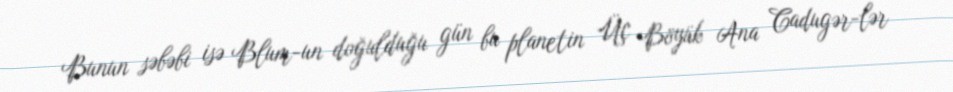
Bunun səbəbi isə Blum-un doğulduğu gün bu planetin Üç Böyük Ana Cadugər-lər